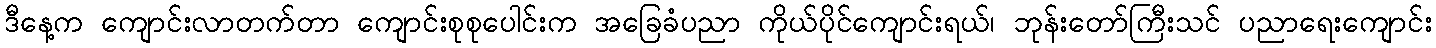
ဒီနေ့က ကျောင်းလာတက်တာ ကျောင်းစုစုပေါင်းက အခြေခံပညာ ကိုယ်ပိုင်ကျောင်းရယ်၊ ဘုန်းတော်ကြီးသင် ပညာရေးကျောင်း